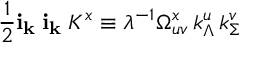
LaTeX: \frac { 1 } { 2 } { \bf i } _ { \bf k _ { \Lambda } } { \bf i } _ { \bf k _ { \Sigma } } K ^ { x } \equiv \lambda ^ { - 1 } \Omega _ { u v } ^ { x } \, k _ { \Lambda } ^ { u } \, k _ { \Sigma } ^ { v }